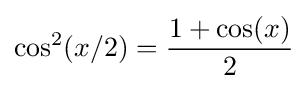
\cos ^{2}(x/2)={\frac {1+\cos(x)}{2}}